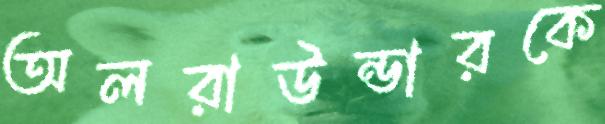
অলরাউন্ডারকে